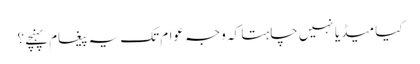
کیا میڈیا نہیں چاہتا کہ وجہ عوام تک یہ پیغام پہنچے؟